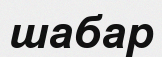
шабар